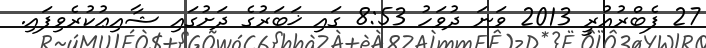
27 ފެބްރުއުރީ 2013 ވަނަ ދުވަހު 8:53 ގައި ޚަބަރުގެ ދަށުގައި ޝާއިޢުކުރެވިފައި.